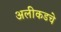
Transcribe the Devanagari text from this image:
अलीकडचे